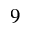
^ Ḋ 9 Ḍ